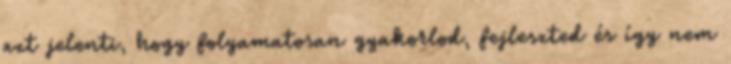
azt jelenti, hogy folyamatosan gyakorlod, fejleszted és így nem